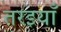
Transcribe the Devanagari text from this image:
तरइयाँ